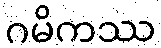
ဂမိကဿ